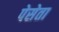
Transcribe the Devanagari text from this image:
पेसेता